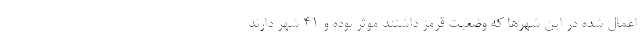
اعمال شده در این شهرها که وضعیت قرمز داشتند موثر بوده و ۴۱ شهر دارند